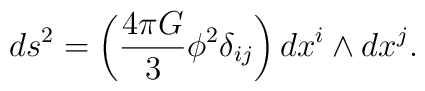
ds^2=\left(\frac{4\pi G}{3}\phi^2 \delta_{ij}\right) dx^i \wedge dx^j.